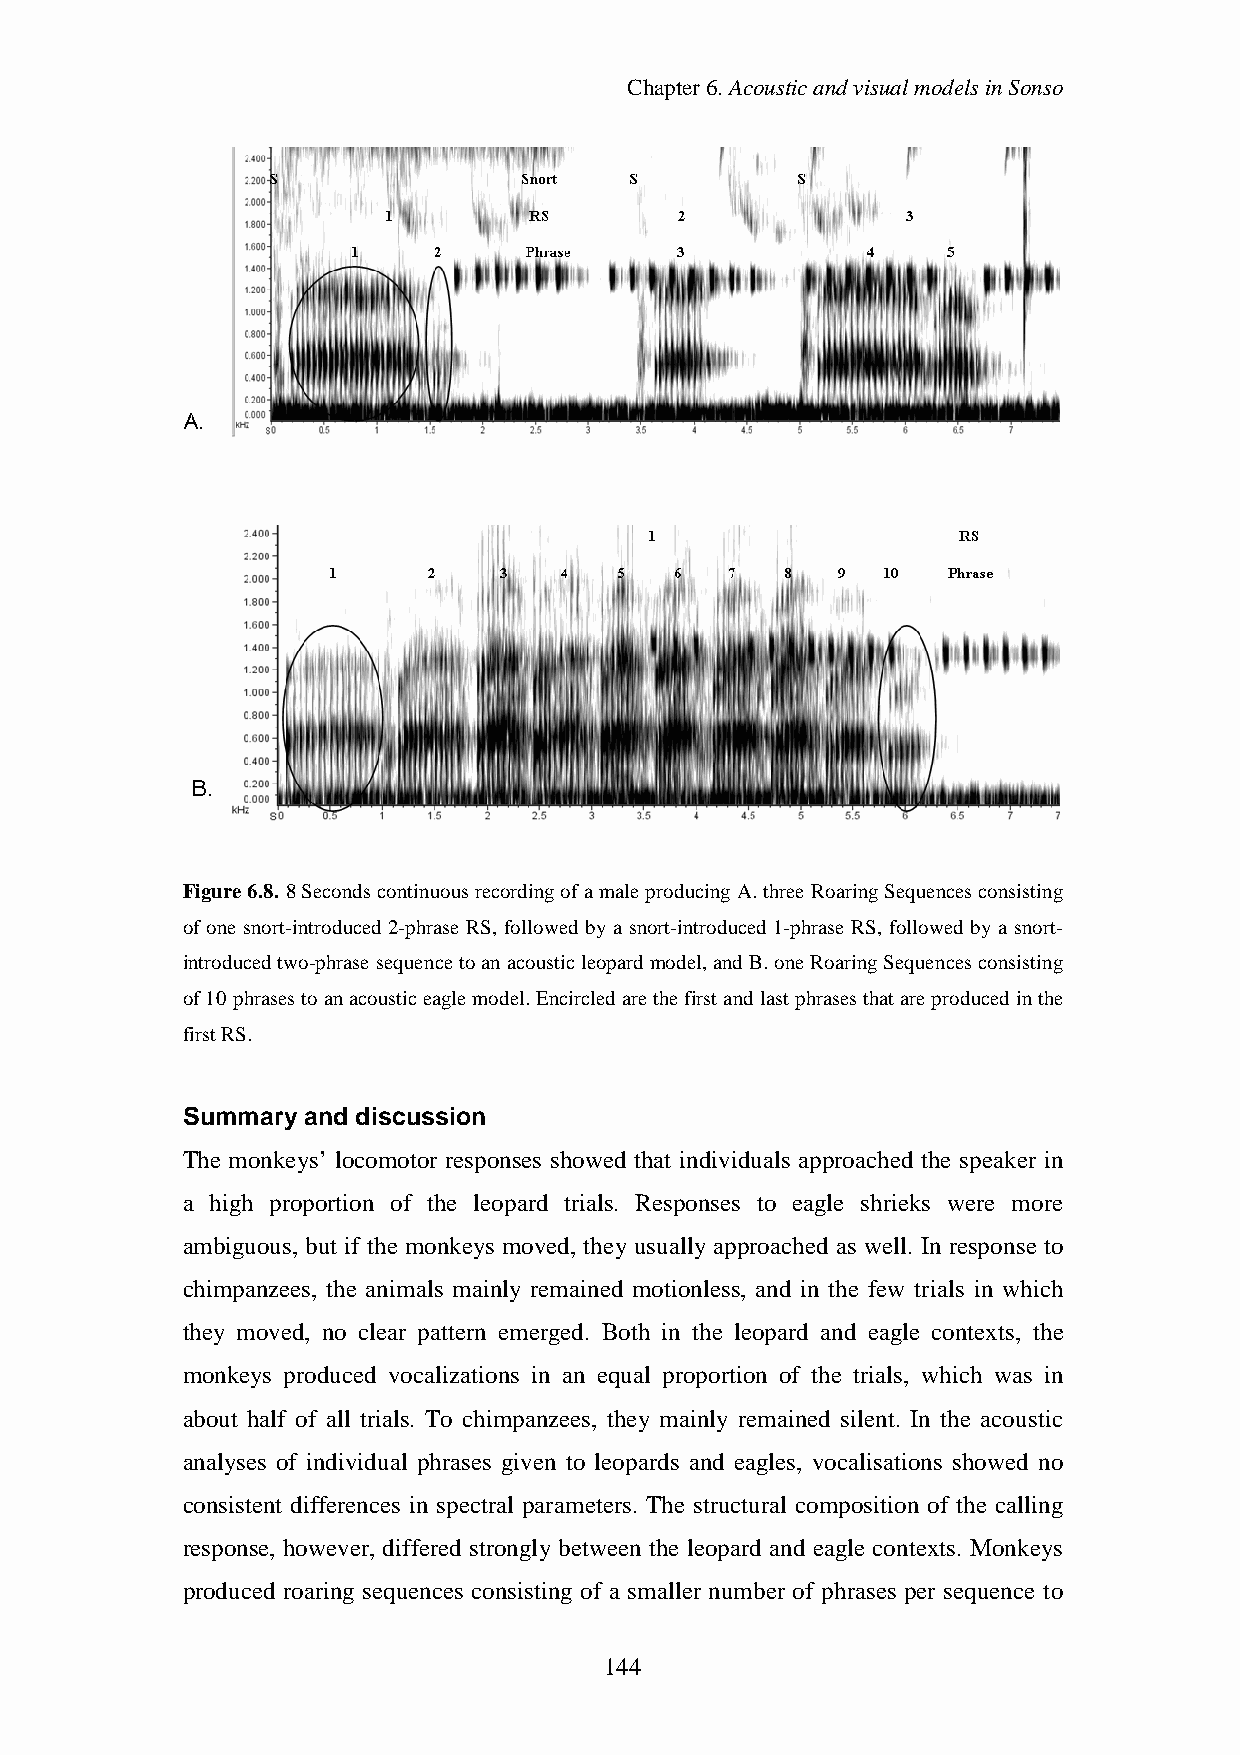
Chapter6.AcousticandvisualmodelsinSonso
 Figure6.8.8Secondscontinuousrecordingofa maleproducing A.three RoaringSequencesconsisting
 of one snort-introduced 2-phrase RS, followed by a snort-introduced 1-phrase RS, followed by a snort-
 introducedtwo-phrase sequencetoanacousticleopard model,andB.one RoaringSequencesconsisting
 of10phrasestoanacousticeagle model.Encircledarethefirstandlastphrasesthatareproducedinthe
 firstRS.
 Summary and discussion
 The monkeys’ locomotor responses showed that individuals approached the speaker in
 a high proportion of the leopard trials. Responses to eagle shrieks were more
 ambiguous, but if the monkeys moved, they usually approached as well. In response to
 chimpanzees, the animals mainly remained motionless, and in the few trials in which
 they moved, no clear pattern emerged. Both in the leopard and eagle contexts, the
 monkeys produced vocalizations in an equal proportion of the trials, which was in
 about half of all trials. To chimpanzees, they mainly remained silent. In the acoustic
 analyses of individual phrases given to leopards and eagles, vocalisations showed no
 consistent differences in spectral parameters. The structural composition of the calling
 response, however, differed strongly between the leopard and eagle contexts. Monkeys
 produced roaring sequences consisting of a smaller number of phrases per sequence to
 144